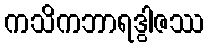
ကသိကဘာရဒွါဇဿ